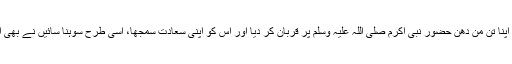
جس طرح حضرت صدیق اکبررضی اللہ عنہ نے اپنا تن من دھن حضور نبی اکرم صلی اللہ علیہ وسلم پر قربان کر دیا اور اس کو اپنی سعادت سمجھا، اسی طرح سوہنا سائیں نے بھی اپنا تن من دھن سب کچھ پیر مٹھاؒ پر قربان کر دیا۔